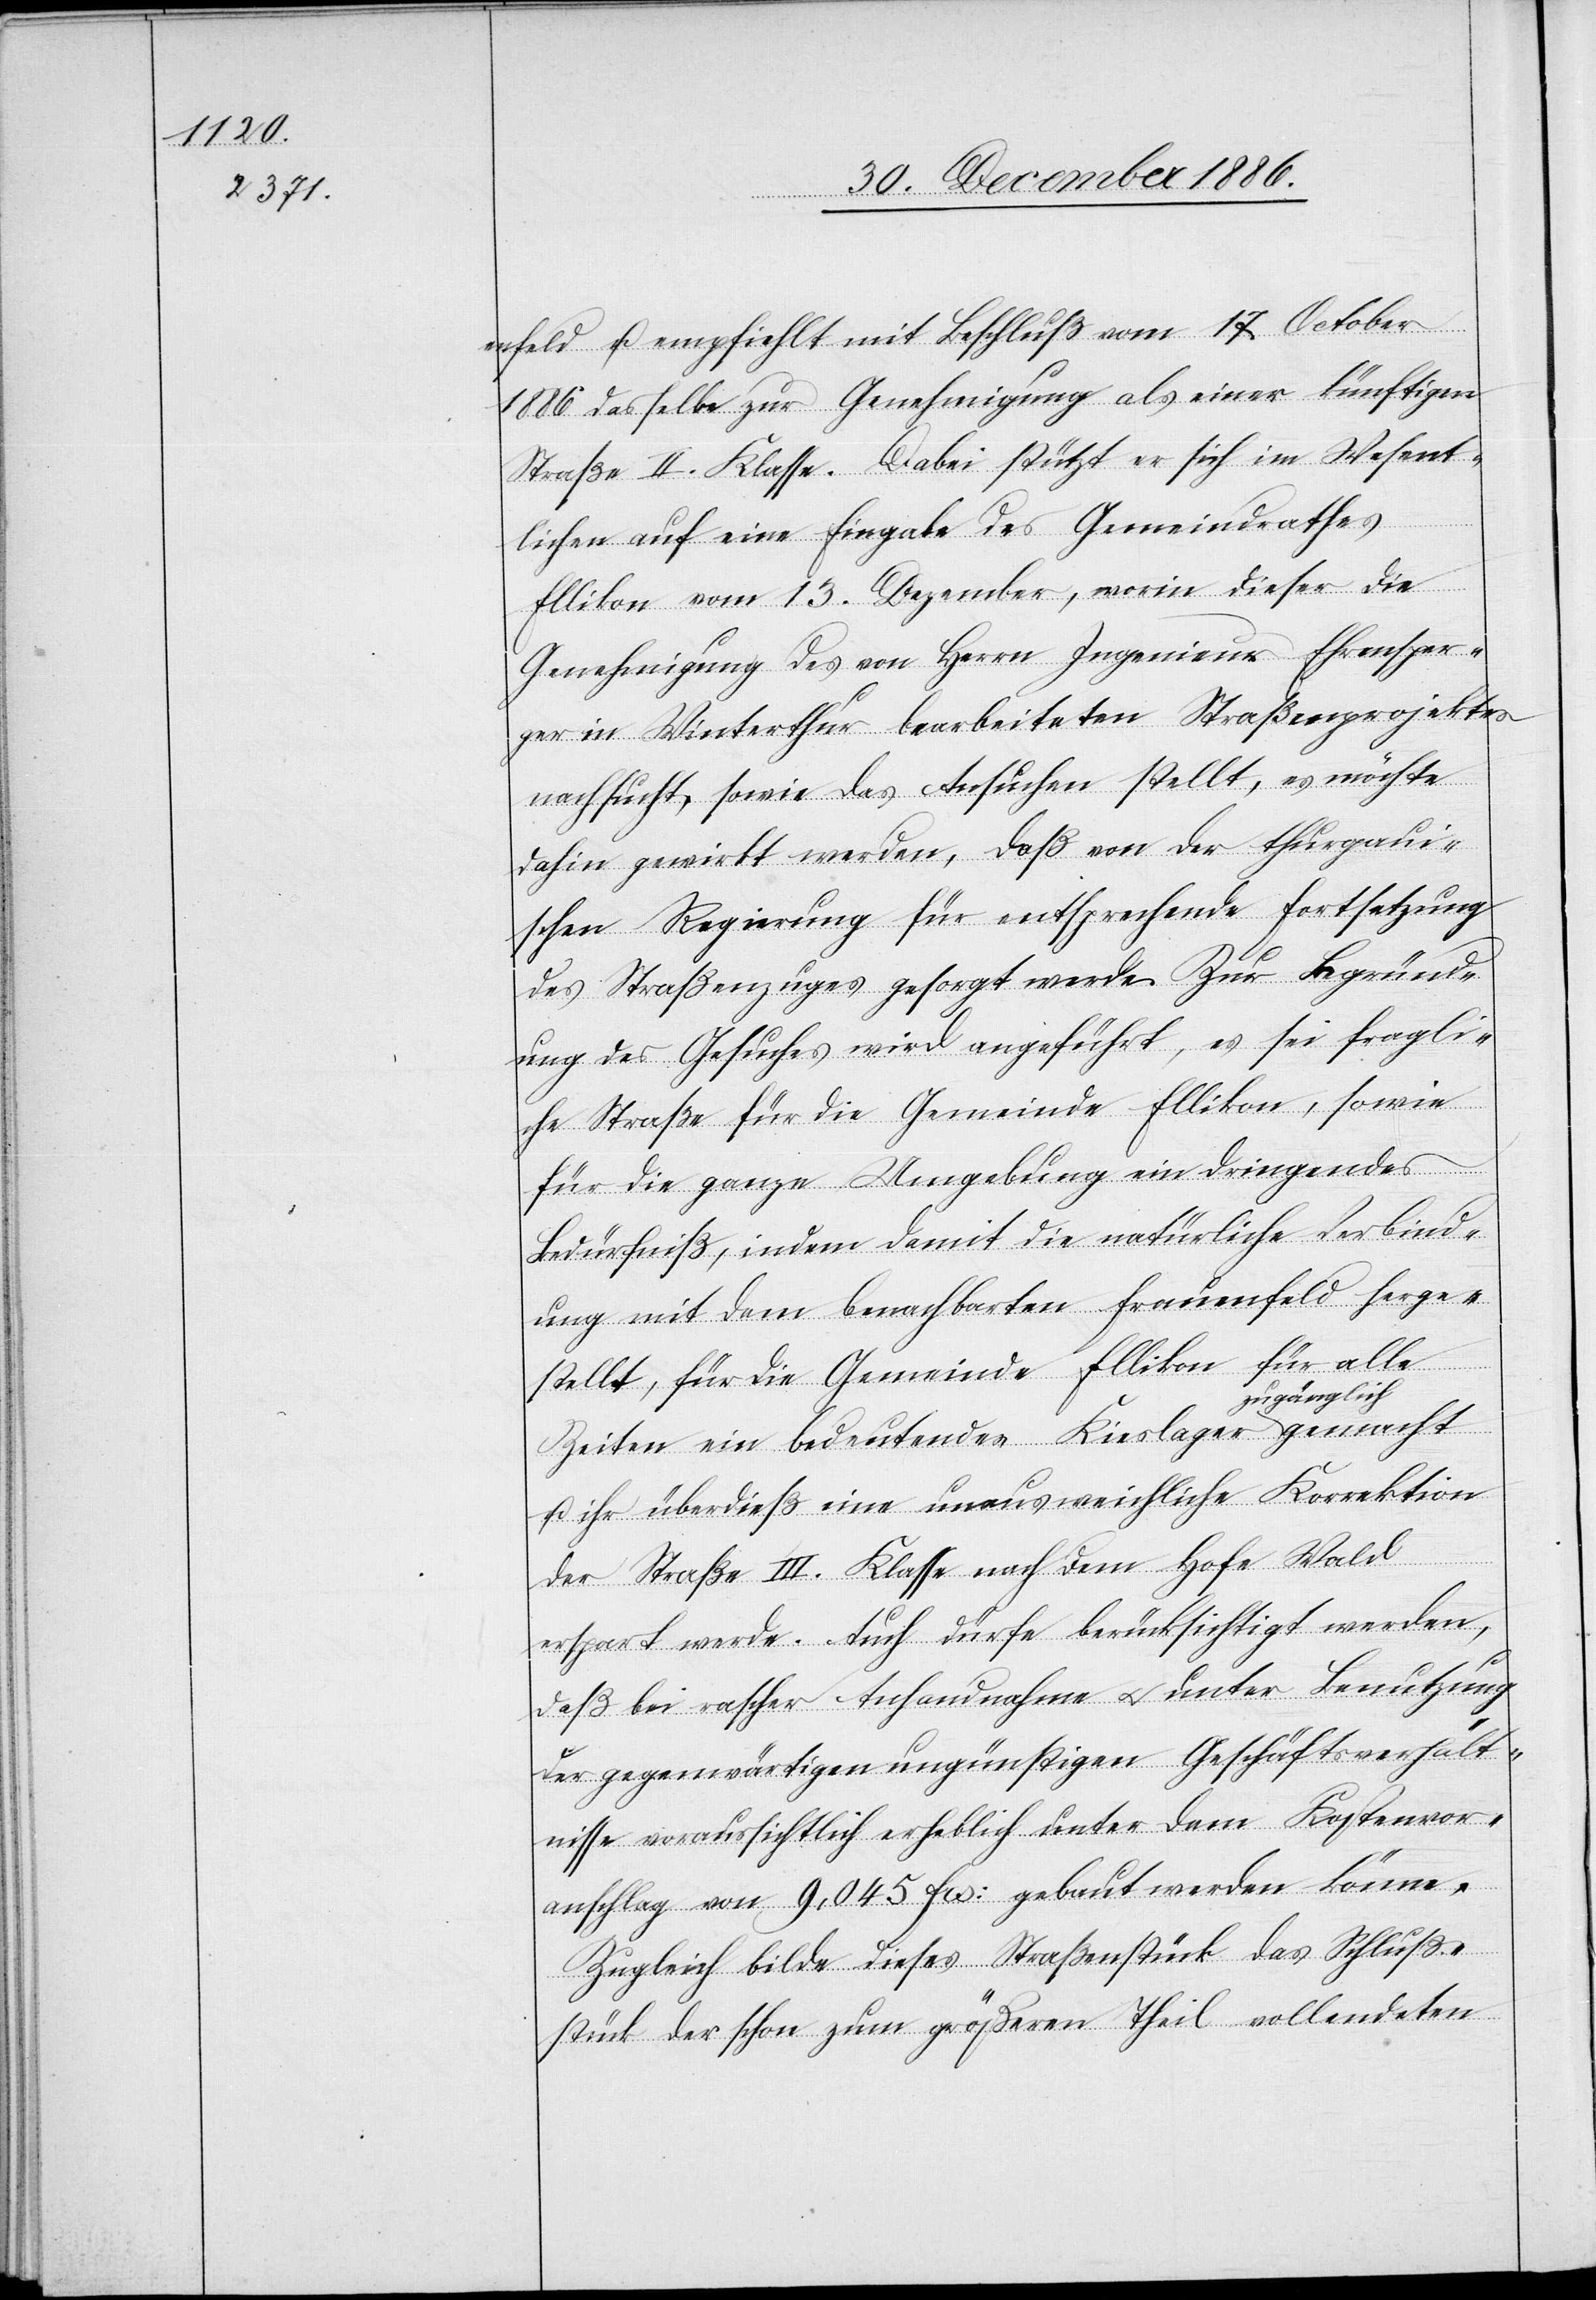
enfeld u. empfiehlt mit Beschluß vom 17. October
1886 dasselbe zur Genehmigung als einer künftigen
Straße II. Klasse. Dabei stützt er sich im Wesent¬
lichen auf eine Eingabe des Gemeindrathes
Ellikon vom 13. Dezember, worin dieser die
Genehmigung des von Herrn Ingenieur Ehrensper¬
ger in Winterthur bearbeiteten Straßenprojektes
nachsucht, sowie das Ansuchen stellt, es möchte
dahin gewirkt werden, daß von der thurgaui¬
schen Regierung für entsprechende Fortsetzung
des Straßenzuges gesorgt werde. Zur Begründ¬
ung des Gesuches wird angeführt, es sei fragli¬
che Straße für die Gemeinde Ellikon, sowie
für die ganze Umgebung ein dringendes
Bedürfniß, indem damit die natürliche Verbind¬
ung mit dem benachbarten Frauenfeld herge¬
stellt, für die Gemeinde Ellikon für alle
Zeiten ein bedeutendes Kieslager zugänglich
u. ihr überdieß eine unausweichliche Korrektion
der Straße III. Klasse nach dem Hofe Wald
erspart werde. Auch dürfe berücksichtigt werden,
daß bei rascher Anhandnahme & unter Benutzung
der gegenwärtigen ungünstigen Geschäftsverhält¬
nisse voraussichtlich erheblich unter dem Kostenvor¬
anschlag von 9,045 Frs: gebaut werden könne.
Zugleich bilde dieses Straßenstück das Schluß¬
stück der schon zum größeren Theil vollendeten